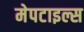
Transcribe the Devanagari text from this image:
मेपटाइल्स